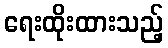
ရေးထိုးထားသည့်